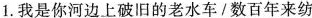
1.我是你河边上破旧的老水车/数百年来纺